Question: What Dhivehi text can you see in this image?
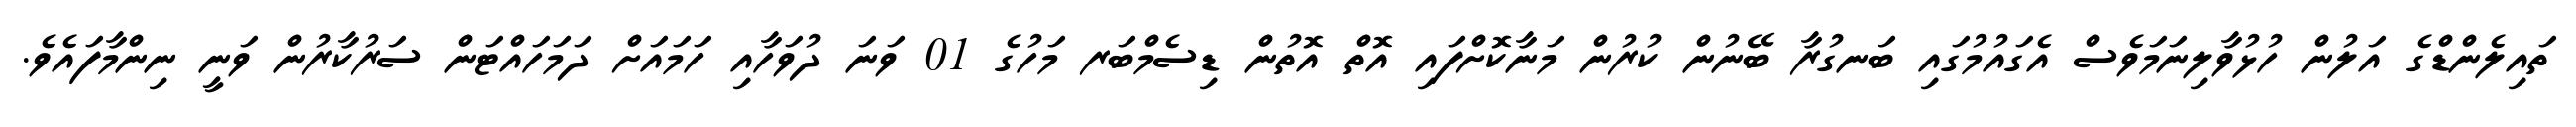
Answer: ތައިލެންޑްގެ އަލުން ހުޅުވާލިނަމަވެސް އެގައުމުގައި ބަނގުރާ ބޭނުން ކުރުން މަނާކޮށްފައި އޮތް އޮތުން ޑިސެމްބަރ މަހުގެ 01 ވަނަ ދުވަހާއި ހަމައަށް ދަމަހައްޓަން ސަރުކާރުން ވަނީ ނިންމާފައެވެ.